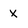
Character: x